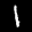
Label: 1